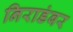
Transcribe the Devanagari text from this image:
निराडंबर